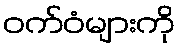
ဝက်ဝံများကို